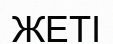
ЖЕТІ